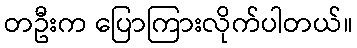
တဦးက ပြောကြားလိုက်ပါတယ်။